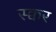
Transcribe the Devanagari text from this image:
स्क्वर